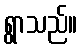
ရွာသည်။